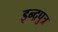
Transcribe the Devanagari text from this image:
इन्द्रपुत्र